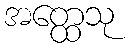
အတ္ထေသု